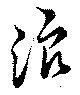
浪